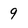
Character: 9